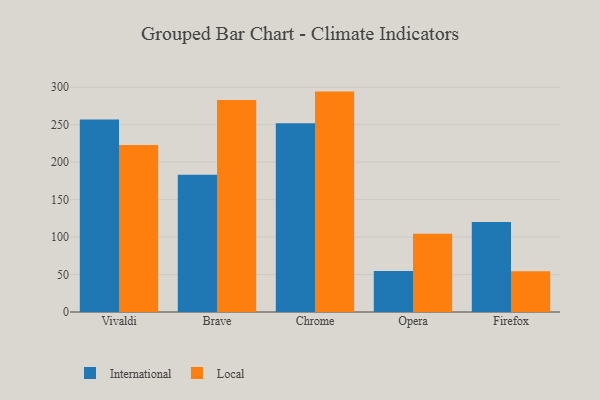
{"axis": {"x": "Browser", "y": "Active Users"}, "legend": ["International", "Local"], "data": [{"x": "Vivaldi", "y": 257.0, "type": "International"}, {"x": "Vivaldi", "y": 222.7, "type": "Local"}, {"x": "Brave", "y": 183.1, "type": "International"}, {"x": "Brave", "y": 282.8, "type": "Local"}, {"x": "Chrome", "y": 251.8, "type": "International"}, {"x": "Chrome", "y": 294.1, "type": "Local"}, {"x": "Opera", "y": 54.6, "type": "International"}, {"x": "Opera", "y": 104.4, "type": "Local"}, {"x": "Firefox", "y": 120.2, "type": "International"}, {"x": "Firefox", "y": 54.3, "type": "Local"}]}